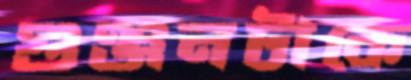
গুঞ্জনটাকে